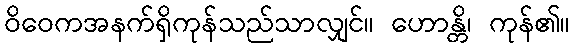
ဝိဝေကအနက်ရှိကုန်သည်သာလျှင်။ ဟောန္တိ၊ ကုန်၏။